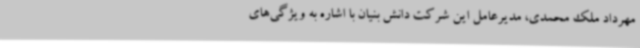
مهرداد ملک محمدی، مدیرعامل این شرکت دانش بنیان با اشاره به ویژگی‌های